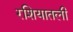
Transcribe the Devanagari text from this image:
रशियातली